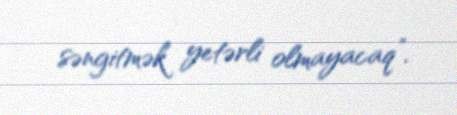
səngitmək yetərli olmayacaq”.